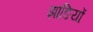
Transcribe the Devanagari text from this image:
झाङियों